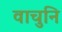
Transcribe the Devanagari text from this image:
वाचुनि